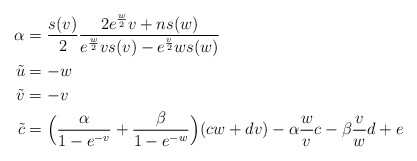
\begin{align*}\alpha & ={s(v)\over2}{2e^{w\over2}v+ns(w)\over e^{w\over2}vs(v)-e^{v\over2}ws(w)} & \cr\tilde u & = -w \cr\tilde v & = -v \cr\tilde c & = \Big({\alpha\over 1-e^{-v}}+{\beta\over 1-e^{-w}}\Big)(cw+dv) -\alpha{w\over v} c-\beta{v\over w} d + e \end{align*}